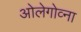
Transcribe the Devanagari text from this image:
ओलेगोव्ना